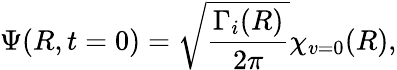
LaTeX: \Psi(R,t=0)=\sqrt{\frac{\Gamma_{i}(R)}{2\pi}}\chi_{v=0}(R),